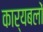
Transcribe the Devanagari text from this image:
कार्यबलों